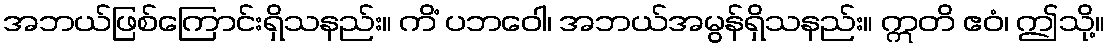
အဘယ်ဖြစ်ကြောင်းရှိသနည်း။ ကိံ ပဘဝေါ၊ အဘယ်အမွန်ရှိသနည်း။ ဣတိ ဧဝံ၊ ဤသို့။